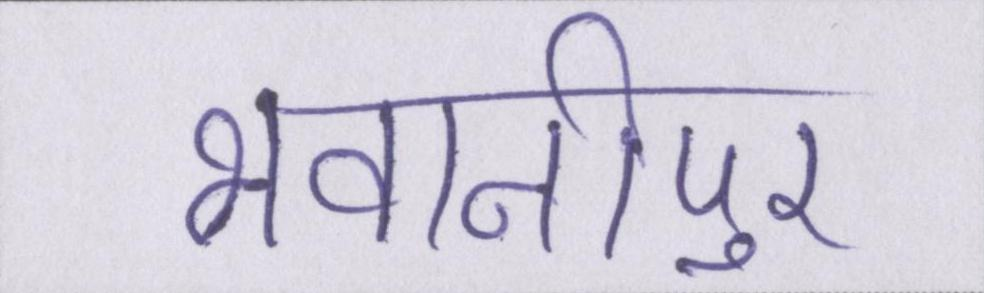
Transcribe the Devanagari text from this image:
भवानीपुर